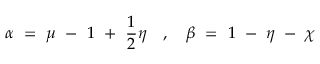
\alpha ~ = ~ \mu ~ - ~ 1 ~ + ~ \frac { 1 } { 2 } \eta ~ ~ ~ , ~ ~ ~ \beta ~ = ~ 1 ~ - ~ \eta ~ - ~ \chi